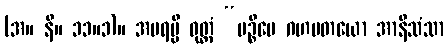
(အ။ နိ။ ၁၁။၁)။ အပရမ္ပိ ဝုတ္တံ “ပဉ္စိမေ ဂဟပတယော အာနိသံသာ